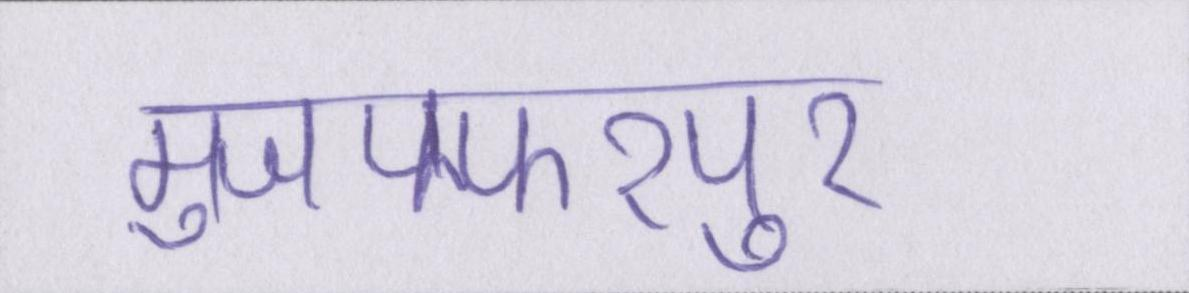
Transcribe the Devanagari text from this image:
मुजफ्फरपुर